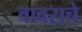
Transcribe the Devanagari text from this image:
वावराचे